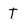
Character: T